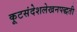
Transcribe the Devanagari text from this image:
कूटसंदेशलेखनपद्धती